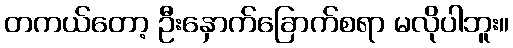
တကယ်တော့ ဦးနှောက်ခြောက်စရာ မလိုပါဘူး။